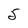
Character: 5